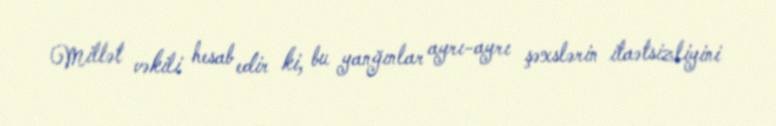
Millət vəkili hesab edir ki, bu yanğınlar ayrı-ayrı şəxslərin itaətsizliyini